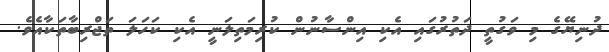
ދުނިޔޭގެ މި ވަގުތީ ދަތުރުގައި އެކި އިންސާނުން ކުރިމަތިލަނީ އެކި ކަހަލަ ތަޖްރިބާތަކާއެވެ.